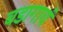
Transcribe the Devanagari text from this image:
बडागावं